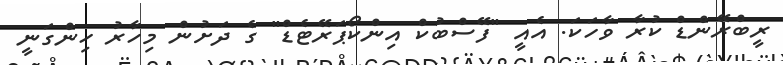
ރީބްރޭންޑް ކުރާ ވާހަކަ. އެއީ "ފޭސްބުކް އިންކޯޕަރޭޓެޑް" ގެ ދަށުން މިހާރު ހިންގަނީ